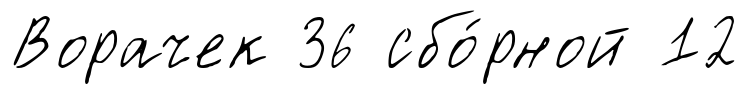
Ворачек 36 сбо́рной 12